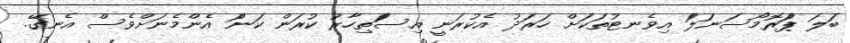
ބަލަ ޕަަްރޮމޯސަނަލަަް އިވެނޓުތަކަށް ހަރަދު އެކުރަނީ އިސަަްތިހާރު ކުރަން ކަނަް އެންމެނަށްވެސް އެނގޭ.